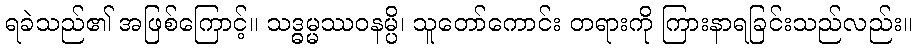
ရခဲသည်၏ အဖြစ်ကြောင့်။ သဒ္ဓမ္မဿဝနမ္ပိ၊ သူတော်ကောင်း တရားကို ကြားနာရခြင်းသည်လည်း။